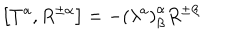
\left[ T ^ { a } , R ^ { \pm \alpha } \right] = - \left( \lambda ^ { a } \right) _ { \beta } ^ { \alpha } R ^ { \pm \beta }